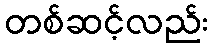
တစ်ဆင့်လည်း